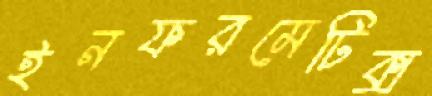
ইনফরমেটিক্স